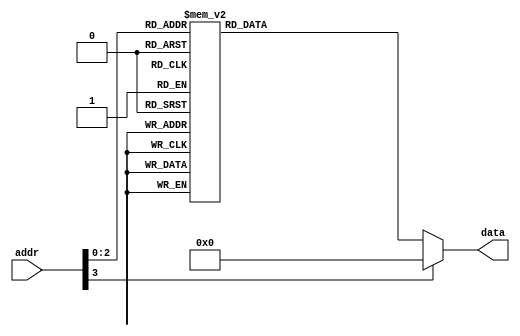
module rom3 (input wire [3:0] addr, output reg [7:0] data);
    always @(addr) begin
        case(addr)
            4'b0000: data = 8'b01010011; // S
            4'b0001: data = 8'b01010100; // T
            4'b0010: data = 8'b01010101; // U
            4'b0011: data = 8'b01000100; // D
            4'b0100: data = 8'b01000101; // E
            4'b0101: data = 8'b01001110; // N
            4'b0110: data = 8'b01010100; // T
		4'b0111: data = 8'b00100000;
            default: data = 8'b00000000;
        endcase
    end
endmodule